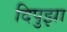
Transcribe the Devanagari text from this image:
दिपुझा